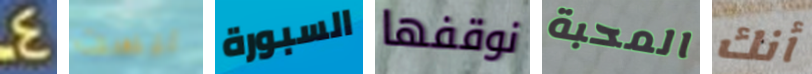
4 ليست السبورة نوقفها المحبة أنك